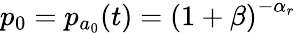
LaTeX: p_{0}=p_{a_{0}}(t)=\left(1+\beta\right)^{-\alpha_{r}}